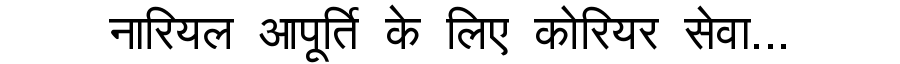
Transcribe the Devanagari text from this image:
नारियल आपूर्ति के लिए कोरियर सेवा...